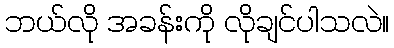
ဘယ်လို အခန်းကို လိုချင်ပါသလဲ။